Annual administration report of the Civil Veterinary Department of India - 1897-1898
Year: 1897
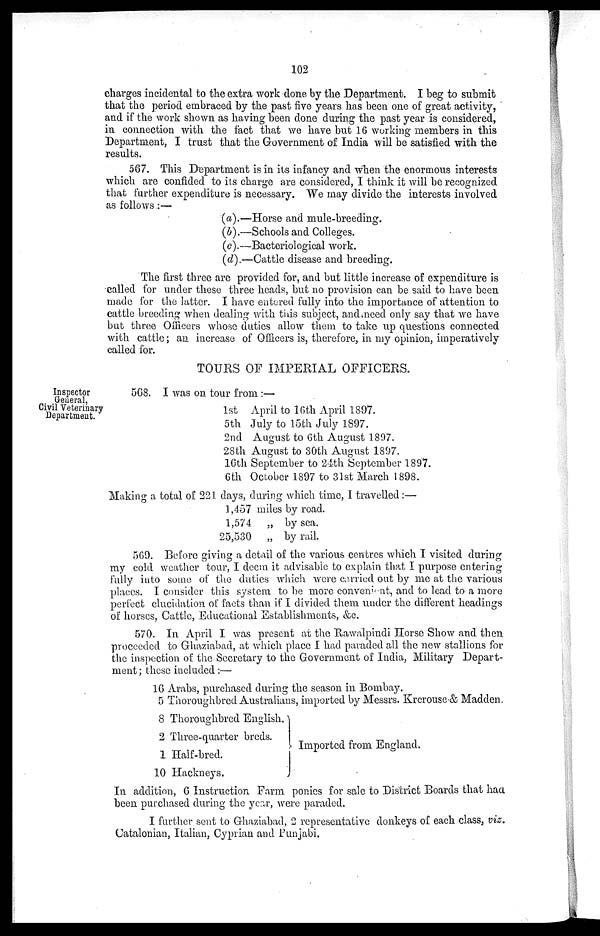
102
charges incidental to the extra work done by the Department. I beg to submit
that the period embraced by the past five years has been one of great activity,
and if the work shown as having been done during the past year is considered,
in connection with the fact that we have but 16 working members in this
Department, I trust that the Government of India will be satisfied with the
results.
567. This Department is in its infancy and when the enormous interests
which are confided to its charge are considered, I think it will be recognized
that further expenditure is necessary. We may divide the interests involved
as follows.:—
(a).
(b).
(c).
(d).
—Horse and mule-breeding.
—Schools and Colleges.
—Bacteriological work.
—Cattle disease and breeding.
The first three are provided for, and but little increase of expenditure is
called for under these three heads, but no provision can be said to have been
made for the latter. I have entered fully into the importance of attention to
cattle breeding when dealing with this subject, and need only say that we have
but three Officers whose duties allow them to take up questions connected
with cattle; an increase of Officers is, therefore, in my opinion, imperatively
called for.
TOURS OF IMPERIAL OFFICERS.
Inspector
General,
Civil Veterinary
Department.
568. I was on tour from:—
1st
5th
2nd
28th
16th
6th
April to 16th April 1897.
July to 15th July 1897.
August to 6th August 1897.
August to 30th August 1897.
September to 24th September 1897.
October 1897 to 31st March 1898.
Making a total of 221 days, during which time, I travelled:—
1,457
1,574
25,530
miles by road.
„ by sea.
„ by rail.
569. Before giving a detail of the various centres which I visited during
my cold weather tour, I deem it advisable to explain that I purpose entering
fully into some of the duties which were carried out by me at the various
places. I consider this system to be more convenient, and to lead to a more
perfect elucidation of facts than if I divided them under the different headings
of horses, Cattle, Educational Establishments, &c.
570. In April I was present at the Rawalpindi Horse Show and then
proceeded to Ghaziabad, at which place I had paraded all the new stallions for
the inspection of the Secretary to the Government of India, Military Depart-
ment; these included:—
16 Arabs, purchased during the season in Bombay.
5 Thoroughbred Australians, imported by Messrs. Krcrouse & Madden.
8 Thoroughbred English.
2 Three-quarter breds.
1 Half-bred.
10 Hackneys.
}Imported from England.
In addition, 6 Instruction Farm ponies for sale to District Boards that had
been purchased during the year, were paraded.
I further sent to Ghaziabad, 2 representative donkeys of each class, viz.
Catalonian, Italian, Cyprian and Punjabi.